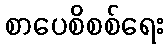
စာပေစိစစ်ရေး